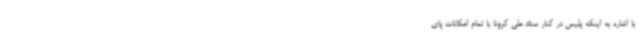
با اشاره به اینکه پلیس در کنار ستاد ملی کرونا با تمام امکانات پای